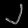
Digit: ၂